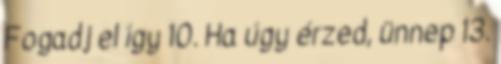
Fogadj el így 10. Ha úgy érzed, ünnep 13.